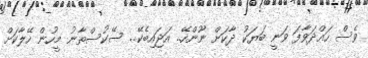
ވެސް ހައްދަވާފަ ވަނީ ބަޔަކު ދާކަށް ނޫންހޭ.. އަޖައިބެކޭ.. ސޭކުސްތާނު މީހުން ހޭލާކަށް